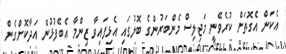
އެކަން އެގޮތަށް ކުރެވޭނީ މަޖިލިސް މެންބަރުންގެ ބޮލުގައި އެޅިފައިވާ ޒިންމާ އެބޭފުޅުން އަދާކޮށްގެން